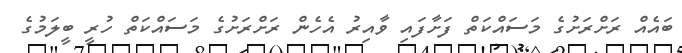
ބައެއް ރަށްރަށުގެ މަސައްކަތް ފަށާފައި ވާއިރު އެހެން ރަށްރަށުގެ މަސައްކަތް ހުރީ ބީލަމުގެ